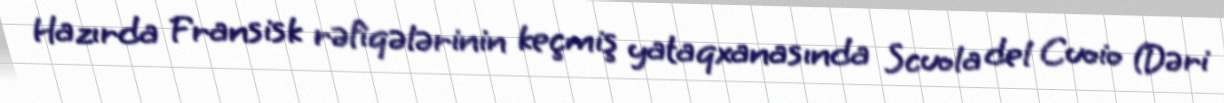
Hazırda Fransisk rəfiqələrinin keçmiş yataqxanasında Scuola del Cuoio (Dəri